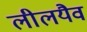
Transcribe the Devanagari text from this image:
लीलयैव